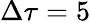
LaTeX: \Delta\tau=5